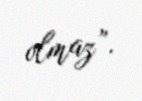
olmaz”.